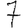
Digit: 7